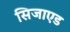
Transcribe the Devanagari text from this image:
सिजाएड